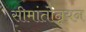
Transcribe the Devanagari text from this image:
सीमांतोन्नयन